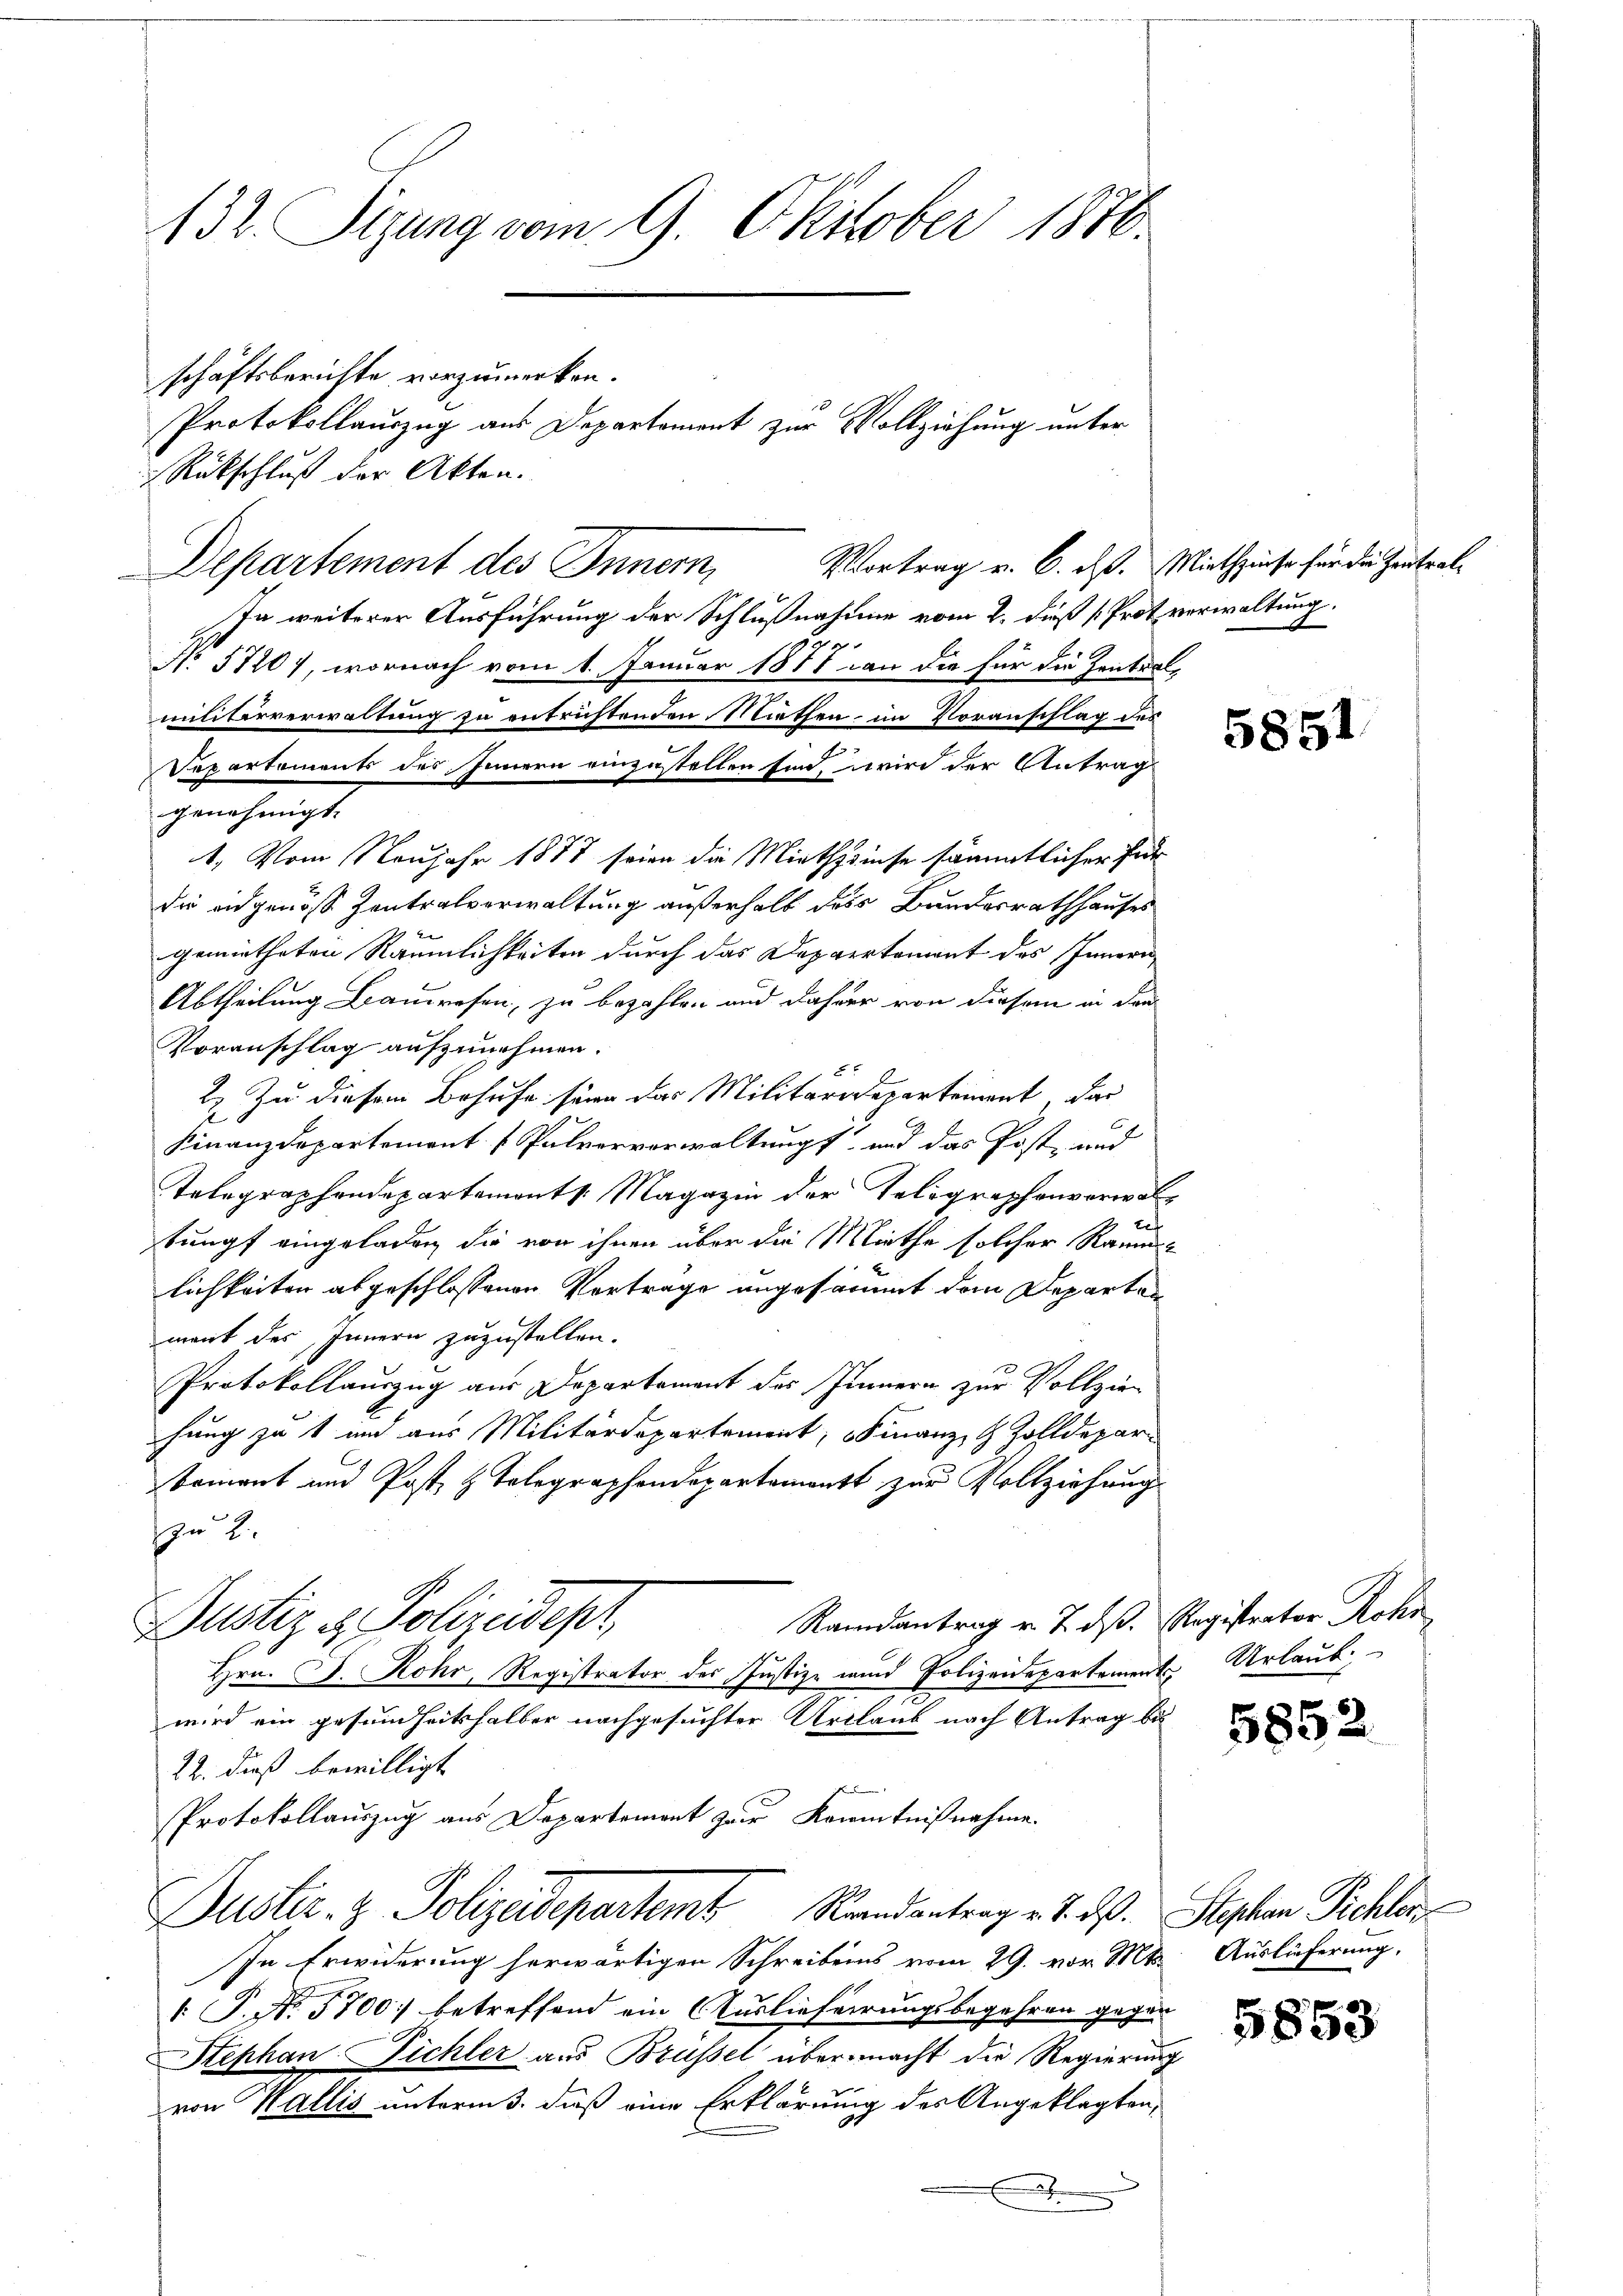
132. Sizung vom 9. Oktober 1876.

schäftsberichte vorzumerken.
Rückschluß der Akten.
Departement des Innern,
In weiterer Ausführung der Schlußnahme vom 2. daß [Prot verwaltung.
br.
No 5720), wornach vom 1. Januar 1871 an die für die Zentral
militärverwaltung zu entrichtenden Niethen im Voranschlag der
Departements des Innern einzustellen sind, wird der Antrag
genehmigt.
1. Vom Neujahr 1877 seine die Miethzinse sämmtlicher für
die eidgenöss Zentralverwaltung außerhalb dass Bundesrathhauses
gemietheten Räumlichkeiten durch das Dappertement des Innern
Abtheilung Bauwesen, zu bezahlen und daher von diesem in den
Voranschlag aufzunehmen.
 Zu diesem Behufe seine das Militärdepartement, das
Finanzdepartement Pulvervorwaltung und das Post- und
Telegraphendepartements. Magazin der Telegraphenverwal¬
Bla
tumpf eingeladen, die von ihnen über die Miethe solcher Raum
lichkeiten abgeschlossenen Vortrage angesammt dem Departen
mant des Innern zuzustellen.
Protokollauszug aus Departement des Innern zur Vollzie
hung zu 1 und aus Militärdepartement, Finanz- & Zolldepar-
koment und Post & Telegraphendepartement zur Vollziehung
n 2.
Randantrag v. J. dß. Registrator Rohr
Justiz & Polizeidept,
Hrn. J. Rohr, Registrator des Justiz- und Polizeidepartements Urlaub.
wird ein gesundheitshalber nachgesuchter Urlaub nach Antrag be
22. dieß bewilligt
Protokollauszug aus Departement zur Kenntnißnahme.
Duster. z. Polizeidepartemt Randantrag v. 7. ds. Stephan Pichler
In Erwiderung herwärtigen Schreibens vom 29. vor. Mts. Auslieferung,
 P. No. 5700. betreffend ein Auslieferungsbegehren gegen
Stephan Pichler aus Brüssel übermacht die Regierung
von Wallis unterm 3. dieß eine Erklärung des Angeklagten,
x

Protokollauszug aus Departement zur Vollziehung unter

Vortrag v. 6. ds. Miethzinse für die Zentrat¬

5851

5852

5853